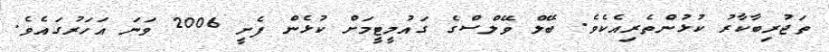
ތަޖުރިބާކާރު ކުޅުންތެރިއެކެވެ. ބޭލް ވޭލްސްގެ ގައުމީޓީމަށް ކުޅެން ފެށީ 2006 ވަނަ އަހަރުގައެވެ.